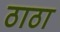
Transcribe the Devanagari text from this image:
ठाठा